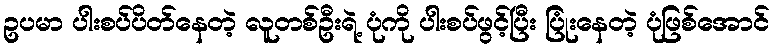
ဥပမာ ပါးစပ်ပိတ်နေတဲ့ လူတစ်ဦးရဲ့ ပုံကို ပါးစပ်ဖွင့်ပြီး ပြုံးနေတဲ့ ပုံဖြစ်အောင်